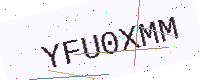
Text: YFU0XMM